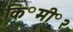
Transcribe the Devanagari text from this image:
कि॰मी॰२